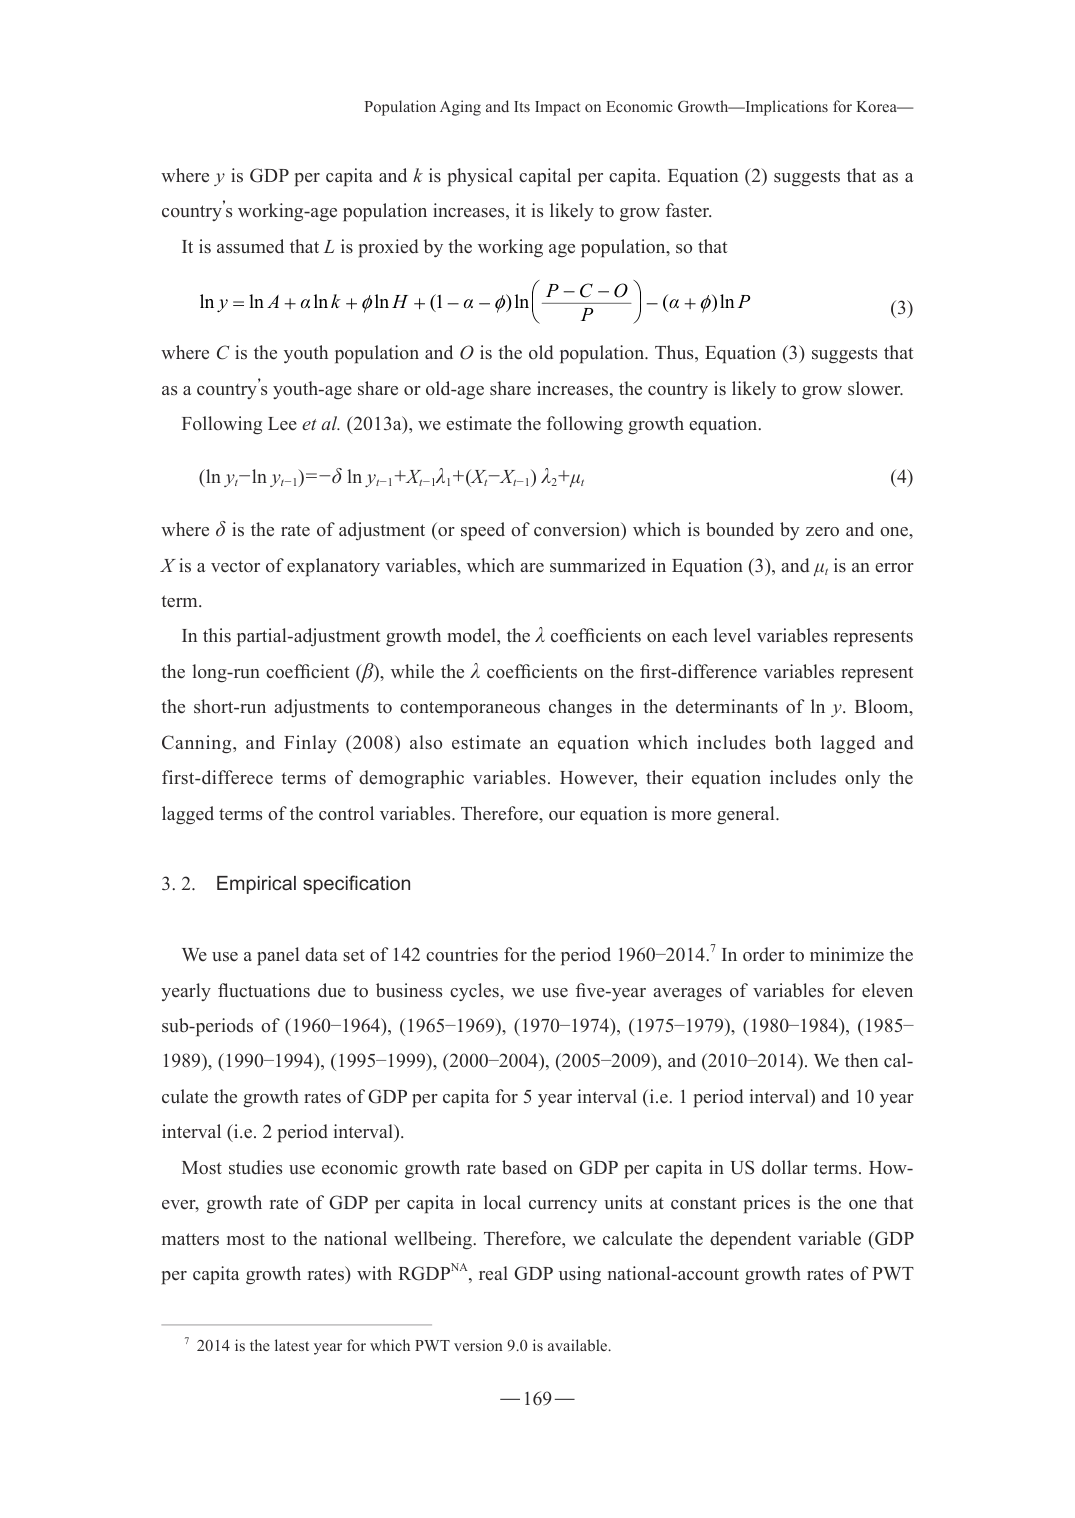
Population Aging and Its Impact on Economic Growth—Implications for Korea—

where y is GDP per capita and k is physical capital per capita. Equation (2) suggests that as a country’s working-age population increases, it is likely to grow faster.

It is assumed that L is proxied by the working age population, so that

ln y = ln A + α ln k + φ ln H + (1 − α − φ) ln(P−C−O/P) − (α + φ) ln P

(3)

where C is the youth population and O is the old population. Thus, Equation (3) suggests that as a country’s youth-age share or old-age share increases, the country is likely to grow slower.

Following Lee et al. (2013a), we estimate the following growth equation.

(ln y_t − ln y_{t−1}) = −δ ln y_{t−1} + X_{t−1} λ_1 + (X_t − X_{t−1}) λ_2 + μ_t

(4)

where δ is the rate of adjustment (or speed of conversion) which is bounded by zero and one, X is a vector of explanatory variables, which are summarized in Equation (3), and μ_t is an error term.

In this partial-adjustment growth model, the λ coefficients on each level variables represents the long-run coefficient (β), while the λ coefficients on the first-difference variables represent the short-run adjustments to contemporaneous changes in the determinants of ln y. Bloom, Canning, and Finlay (2008) also estimate an equation which includes both lagged and first-difference terms of demographic variables. However, their equation includes only the lagged terms of the control variables. Therefore, our equation is more general.

3.2. Empirical specification

We use a panel data set of 142 countries for the period 1960–2014.⁷ In order to minimize the yearly fluctuations due to business cycles, we use five-year averages of variables for eleven sub-periods of (1960–1964), (1965–1969), (1970–1974), (1975–1979), (1980–1984), (1985–1989), (1990–1994), (1995–1999), (2000–2004), (2005–2009), and (2010–2014). We then calculate the growth rates of GDP per capita for 5 year interval (i.e. 1 period interval) and 10 year interval (i.e. 2 period interval).

Most studies use economic growth rate based on GDP per capita in US dollar terms. However, growth rate of GDP per capita in local currency units at constant prices is the one that matters most to the national wellbeing. Therefore, we calculate the dependent variable (GDP per capita growth rates) with RGDP^NA, real GDP using national-account growth rates of PWT

⁷ 2014 is the latest year for which PWT version 9.0 is available.

— 169 —